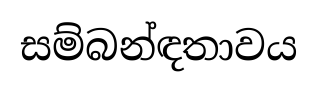
සම්බන්ඳතාවය